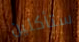
ستأكلين